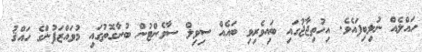
ހައްލެއް ނުލިބިފައެވެ. އިހުތިޖާޖުގައި ބައިވެރިވި ބައެއް ސިވިލް ސާވެންޓުން ބުނާގޮތުގައި މުވައްޒަފުންގެ ހައްޤު